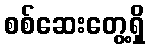
စစ်ဆေးတွေ့ရှိ